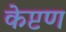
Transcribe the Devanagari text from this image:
केप्टण